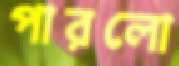
পারলো